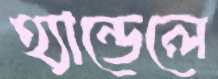
হ্যান্ডেলে